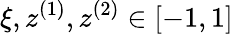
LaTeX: \xi,z^{(1)},z^{(2)}\in[-1,1]